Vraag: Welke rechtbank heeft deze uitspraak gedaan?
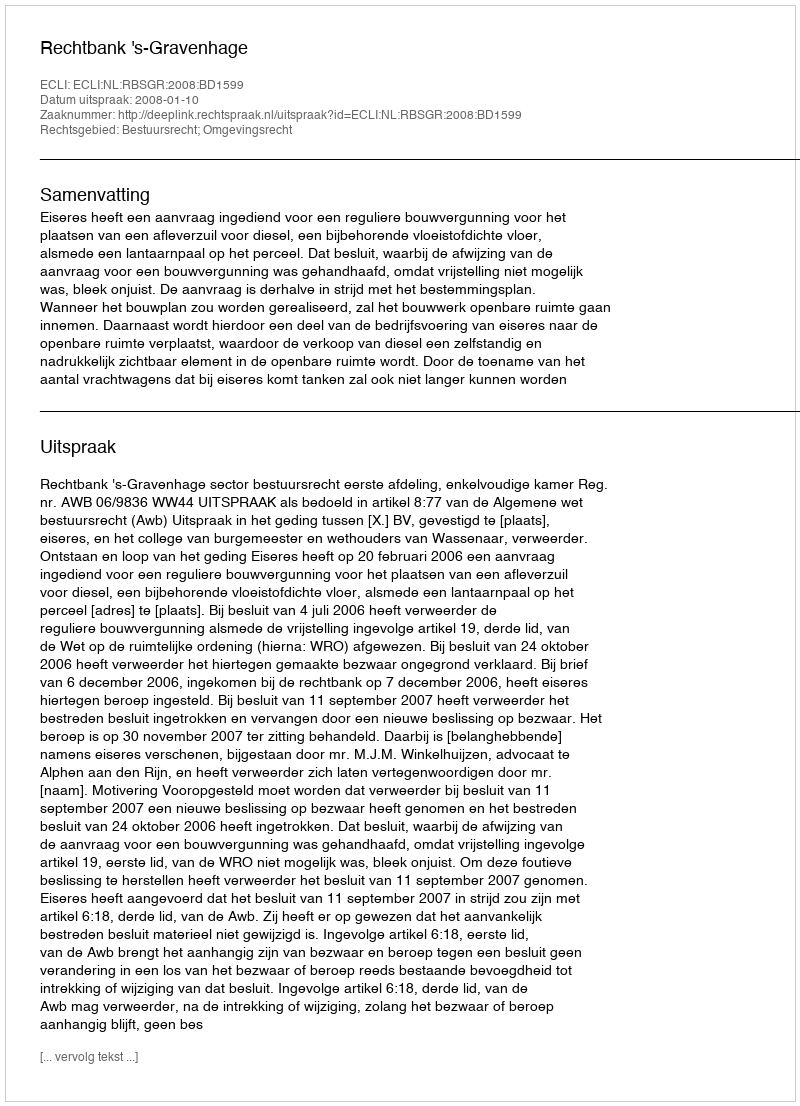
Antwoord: Rechtbank 's-Gravenhage